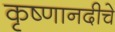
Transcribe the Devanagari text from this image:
कृष्णानदीचे